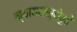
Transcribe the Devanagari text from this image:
न्यायसंस्थेपुढे